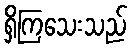
ရှိကြသေးသည်